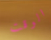
الوقت